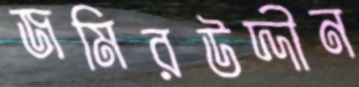
জমিরউদ্দীন